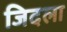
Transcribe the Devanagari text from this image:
जिदला